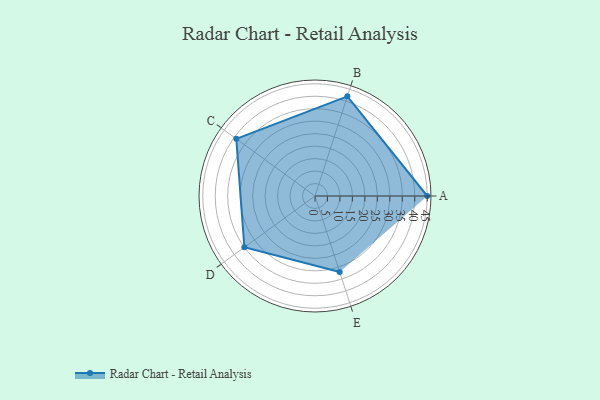
{"axis": {"x": "Skill", "y": "Score"}, "legend": ["Profile"], "data": [{"x": "A", "y": 45.0, "type": "Profile"}, {"x": "B", "y": 42.0, "type": "Profile"}, {"x": "C", "y": 39.0, "type": "Profile"}, {"x": "D", "y": 35.0, "type": "Profile"}, {"x": "E", "y": 32.0, "type": "Profile"}]}